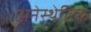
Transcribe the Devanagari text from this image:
अनेस्थेटिक